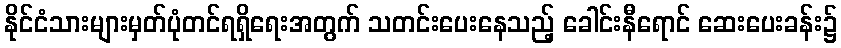
နိုင်ငံသားများမှတ်ပုံတင်ရရှိရေးအတွက် သတင်းပေးနေသည့် ခေါင်းနီရောင် ဆေးပေးခန်း၌